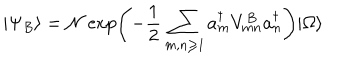
| \Psi _ { B } \rangle = \mathcal { N } \exp \left( - { \frac { 1 } { 2 } } \sum _ { m , n \geq 1 } a _ { m } ^ { \dagger } V _ { m n } ^ { B } a _ { n } ^ { \dagger } \right) | \Omega \rangle